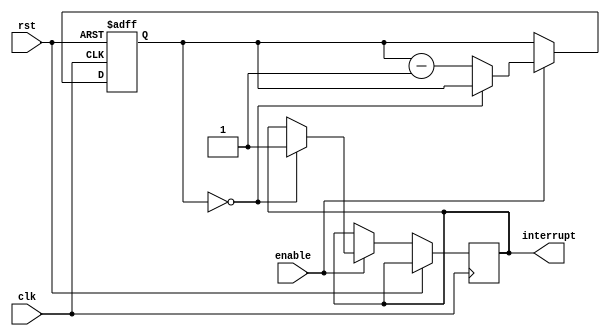
module watchdog_timer (
    input wire clk,           // System clock input
    input wire rst,           // System reset input
    input wire enable,        // Enable signal for the timer
    output wire interrupt     // Interrupt signal output
);

reg [15:0] timer_count;      // Timer count register

always @(posedge clk or posedge rst) begin
    if (rst) begin
        timer_count <= 16'hFFFF;    // Initialize timer with predefined value
    end else begin
        if (enable) begin
            if (timer_count == 0) begin
                interrupt <= 1;    // Generate interrupt signal
            end else begin
                timer_count <= timer_count - 1;    // Decrement timer count
            end
        end
    end
end

endmodule